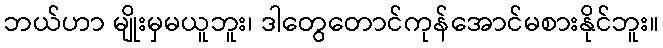
ဘယ်ဟာ မျိုးမှမယူဘူး၊ ဒါတွေတောင်ကုန်အောင်မစားနိုင်ဘူး။